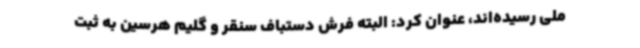
ملی رسیده‌اند، عنوان کرد: البته فرش دستباف سنقر و گلیم هرسین به ثبت